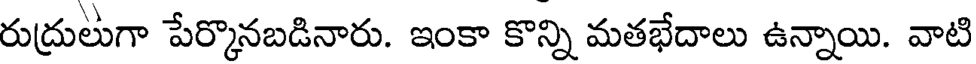
రుద్రులుగా పేర్కొనబడినారు. ఇంకా కొన్ని మతభేదాలు ఉన్నాయి. వాటి